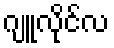
ဂျူလိုင်လ